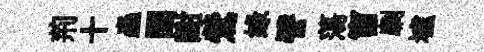
荊十蟲闔酣鶯绿譬蕩窗劘壚